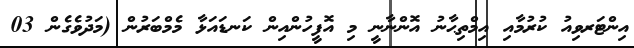
އިންޓަރވިއު ކުރުމާއި އިމްތިޙާނު އޮންނާނީ މި އޮފީހުންއިން ކަނޑައަޅާ މެމްބަރުން (މަދުވެގެން 03